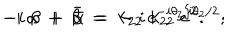
LaTeX: - i ~ \alpha ~ + ~ \bar { \beta } ~ = ~ - i ~ k _ { 2 2 } ~ e ^ { i \theta _ { 2 } / 2 } ; \hspace { . 5 i n } - i ~ \beta ~ + ~ \bar { \alpha } ~ = ~ k _ { 2 2 } ~ e ^ { - i \theta _ { 2 } / 2 } .